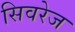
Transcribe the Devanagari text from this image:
सिवरेज